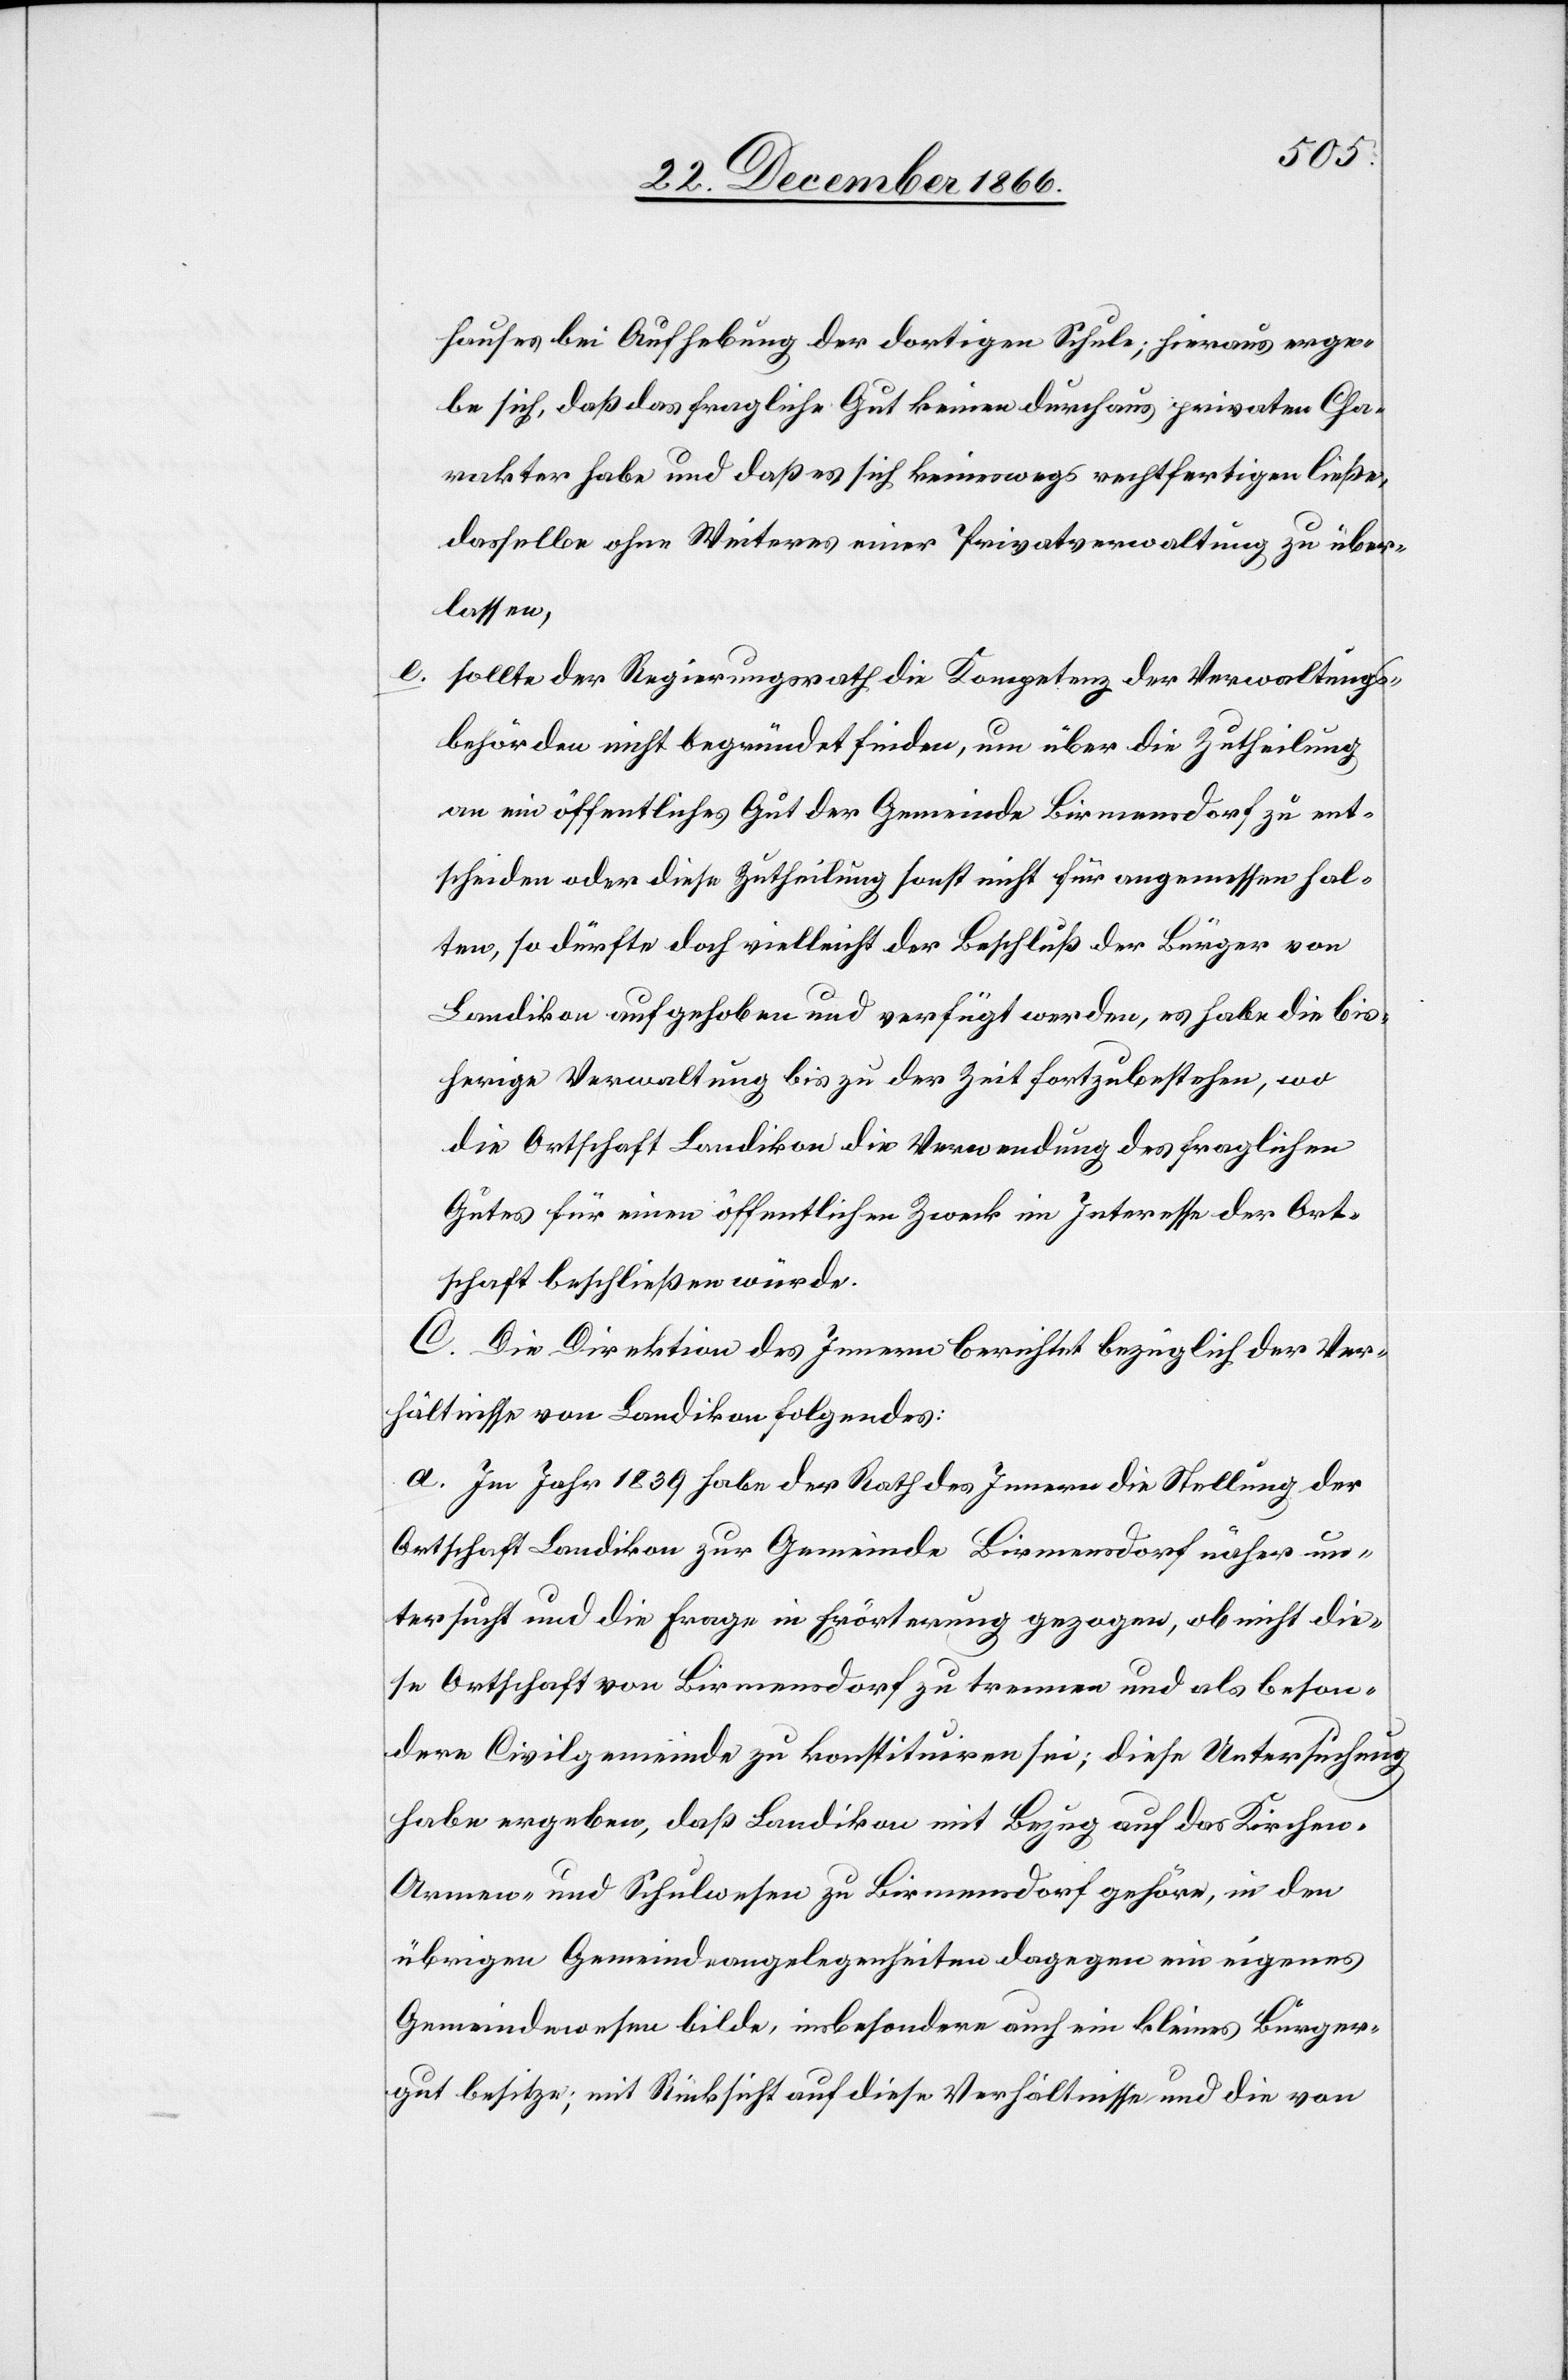
hauses bei Aufhebung der dortigen Schule; hieraus erge¬
be sich, daß das fragliche Gut keinen durchaus privaten Cha¬
rakter habe und daß es sich keineswegs rechtfertigen ließe,
dasselbe ohne Weiteres einer Privatverwaltung zu über¬
lassen,
sollte der Regierungsrath die Kompetenz der Verwaltungs¬
behörden nicht begründet finden, um über die Zutheilung
an ein öffentliches Gut der Gemeinde Birmensdorf zu ent¬
scheiden oder diese Zutheilung sonst nicht für angemessen hal¬
ten, so dürfte doch vielleicht der Beschluß der Bürger von
Landikon aufgehoben und verfügt werden, es habe die bis¬
herige Verwaltung bis zu der Zeit fortzubestehen, wo
die Ortschaft Landikon die Verwendung des fraglichen
Gutes für einen öffentlichen Zweck im Interesse der Ort¬
schaft beschließen würde.
C. Die Direktion des Innern berichtet bezüglich der Ver¬
hältnisse von Landikon folgendes:
a. Im Jahr 1839 habe der Rath des Innern die Stellung der
Ortschaft Landikon zur Gemeinde Birmensdorf näher un¬
tersucht und die Frage in Erörterung gezogen, ob nicht die¬
se Ortschaft von Birmensdorf zu trennen und als beson¬
dere Civilgemeinde zu konstituiren sei; diese Untersuchung
habe ergeben, daß Landikon mit Bezug auf das Kirchen-,
Armen- und Schulwesen zu Birmensdorf gehöre, in den
übrigen Gemeindeangelegenheiten dagegen ein eigenes
Gemeindewesen bilde, insbesondere auch ein kleines Bürger¬
gut besitze; mit Rücksicht auf diese Verhältnisse und die von